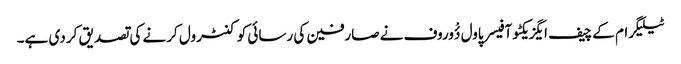
ٹیلیگرام کے چیف ایگزیکٹو آفیسر پاول دٴْوروف نے صارفین کی رسائی کو کنٹرول کرنے کی تصدیق کر دی ہے۔